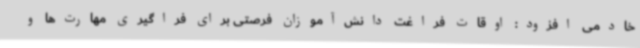
خادمی افزود: اوقات فراغت دانش‌آموزان فرصتی برای فراگیری مهارت‌ها و